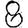
Digit: 8